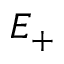
E _ { + }